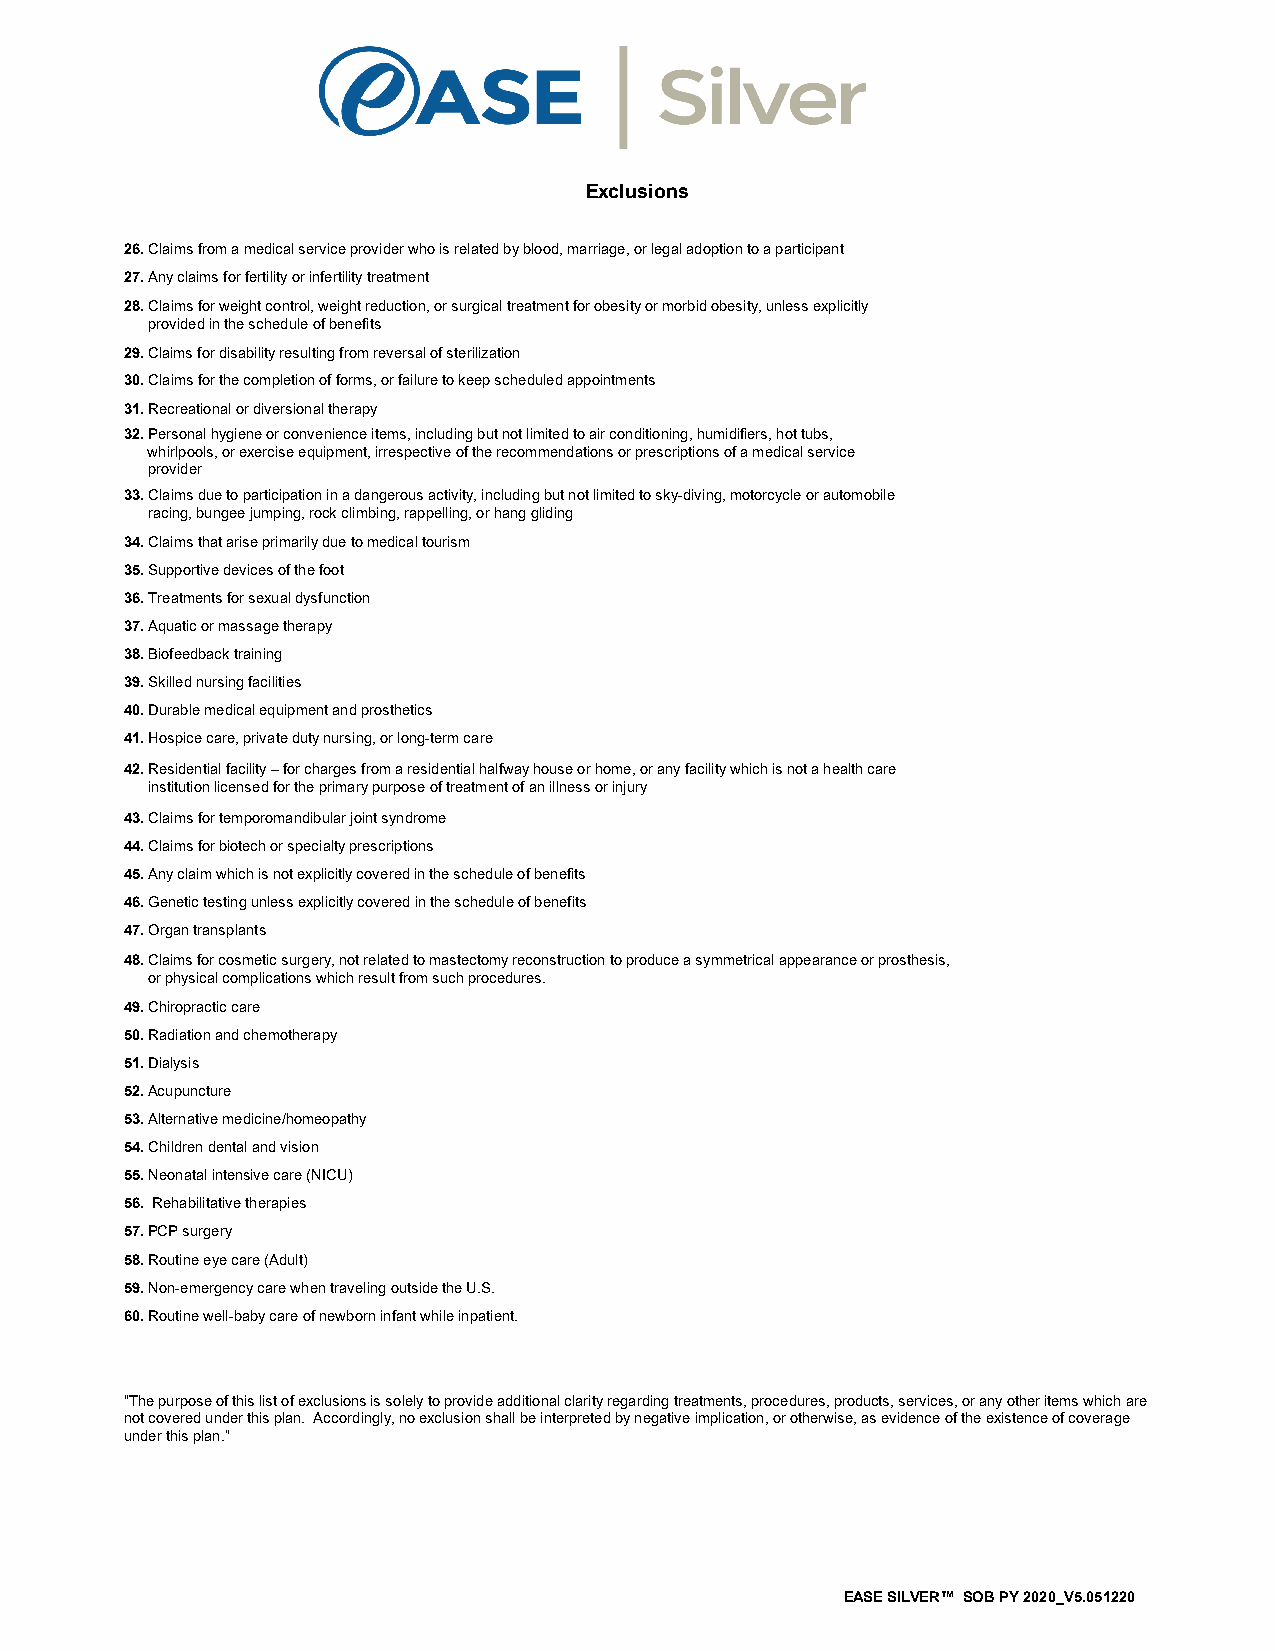
Exclusions
 26. Claims from a medical service provider who is related by blood, marriage, or legal adoption to a participant
 27. Any claims for fertility or infertility treatment
 28. Claims for weight control, weight reduction, or surgical treatment for obesity or morbid obesity, unless explicitly
 provided in the schedule of benefits
 29. Claims for disability resulting from reversal of sterilization
 30. Claims for the completion of forms, or failure to keep scheduled appointments
 31. Recreational or diversional therapy
 32. Personal hygiene or convenience items, including but not limited to air conditioning, humidifiers, hot tubs,
 whirlpools, or exercise equipment, irrespective of the recommendations or prescriptions of a medical service
 provider
 33. Claims due to participation in a dangerous activity, including but not limited to sky-diving, motorcycle or automobile
 racing, bungee jumping, rock climbing, rappelling, or hang gliding
 34. Claims that arise primarily due to medical tourism
 35. Supportive devices of the foot
 36. Treatments for sexual dysfunction
 37. Aquatic or massage therapy
 38. Biofeedback training
 39. Skilled nursing facilities
 40. Durable medical equipment and prosthetics
 41. Hospice care, private duty nursing, or long-term care
 42. Residential facility – for charges from a residential halfway house or home, or any facility which is not a health care
 institution licensed for the primary purpose of treatment of an illness or injury
 43. Claims for temporomandibular joint syndrome
 44. Claims for biotech or specialty prescriptions
 45. Any claim which is not explicitly covered in the schedule of benefits
 46. Genetic testing unless explicitly covered in the schedule of benefits
 47. Organ transplants
 48. Claims for cosmetic surgery, not related to mastectomy reconstruction to produce a symmetrical appearance or prosthesis,
 or physical complications which result from such procedures.
 49. Chiropractic care
 50. Radiation and chemotherapy
 51. Dialysis
 52. Acupuncture
 53. Alternative medicine/homeopathy
 54. Children dental and vision
 55. Neonatal intensive care (NICU)
 56. Rehabilitative therapies
 57. PCP surgery
 58. Routine eye care (Adult)
 59. Non-emergency care when traveling outside the U.S.
 60. Routine well-baby care of newborn infant while inpatient.
 “The purpose of this list of exclusions is solely to provide additional clarity regarding treatments, procedures, products, services, or any other items which are
 not covered under this plan. Accordingly, no exclusion shall be interpreted by negative implication, or otherwise, as evidence of the existence of coverage
 under this plan.”
 EASE SILVER™ SOB PY 2020_V5.051220